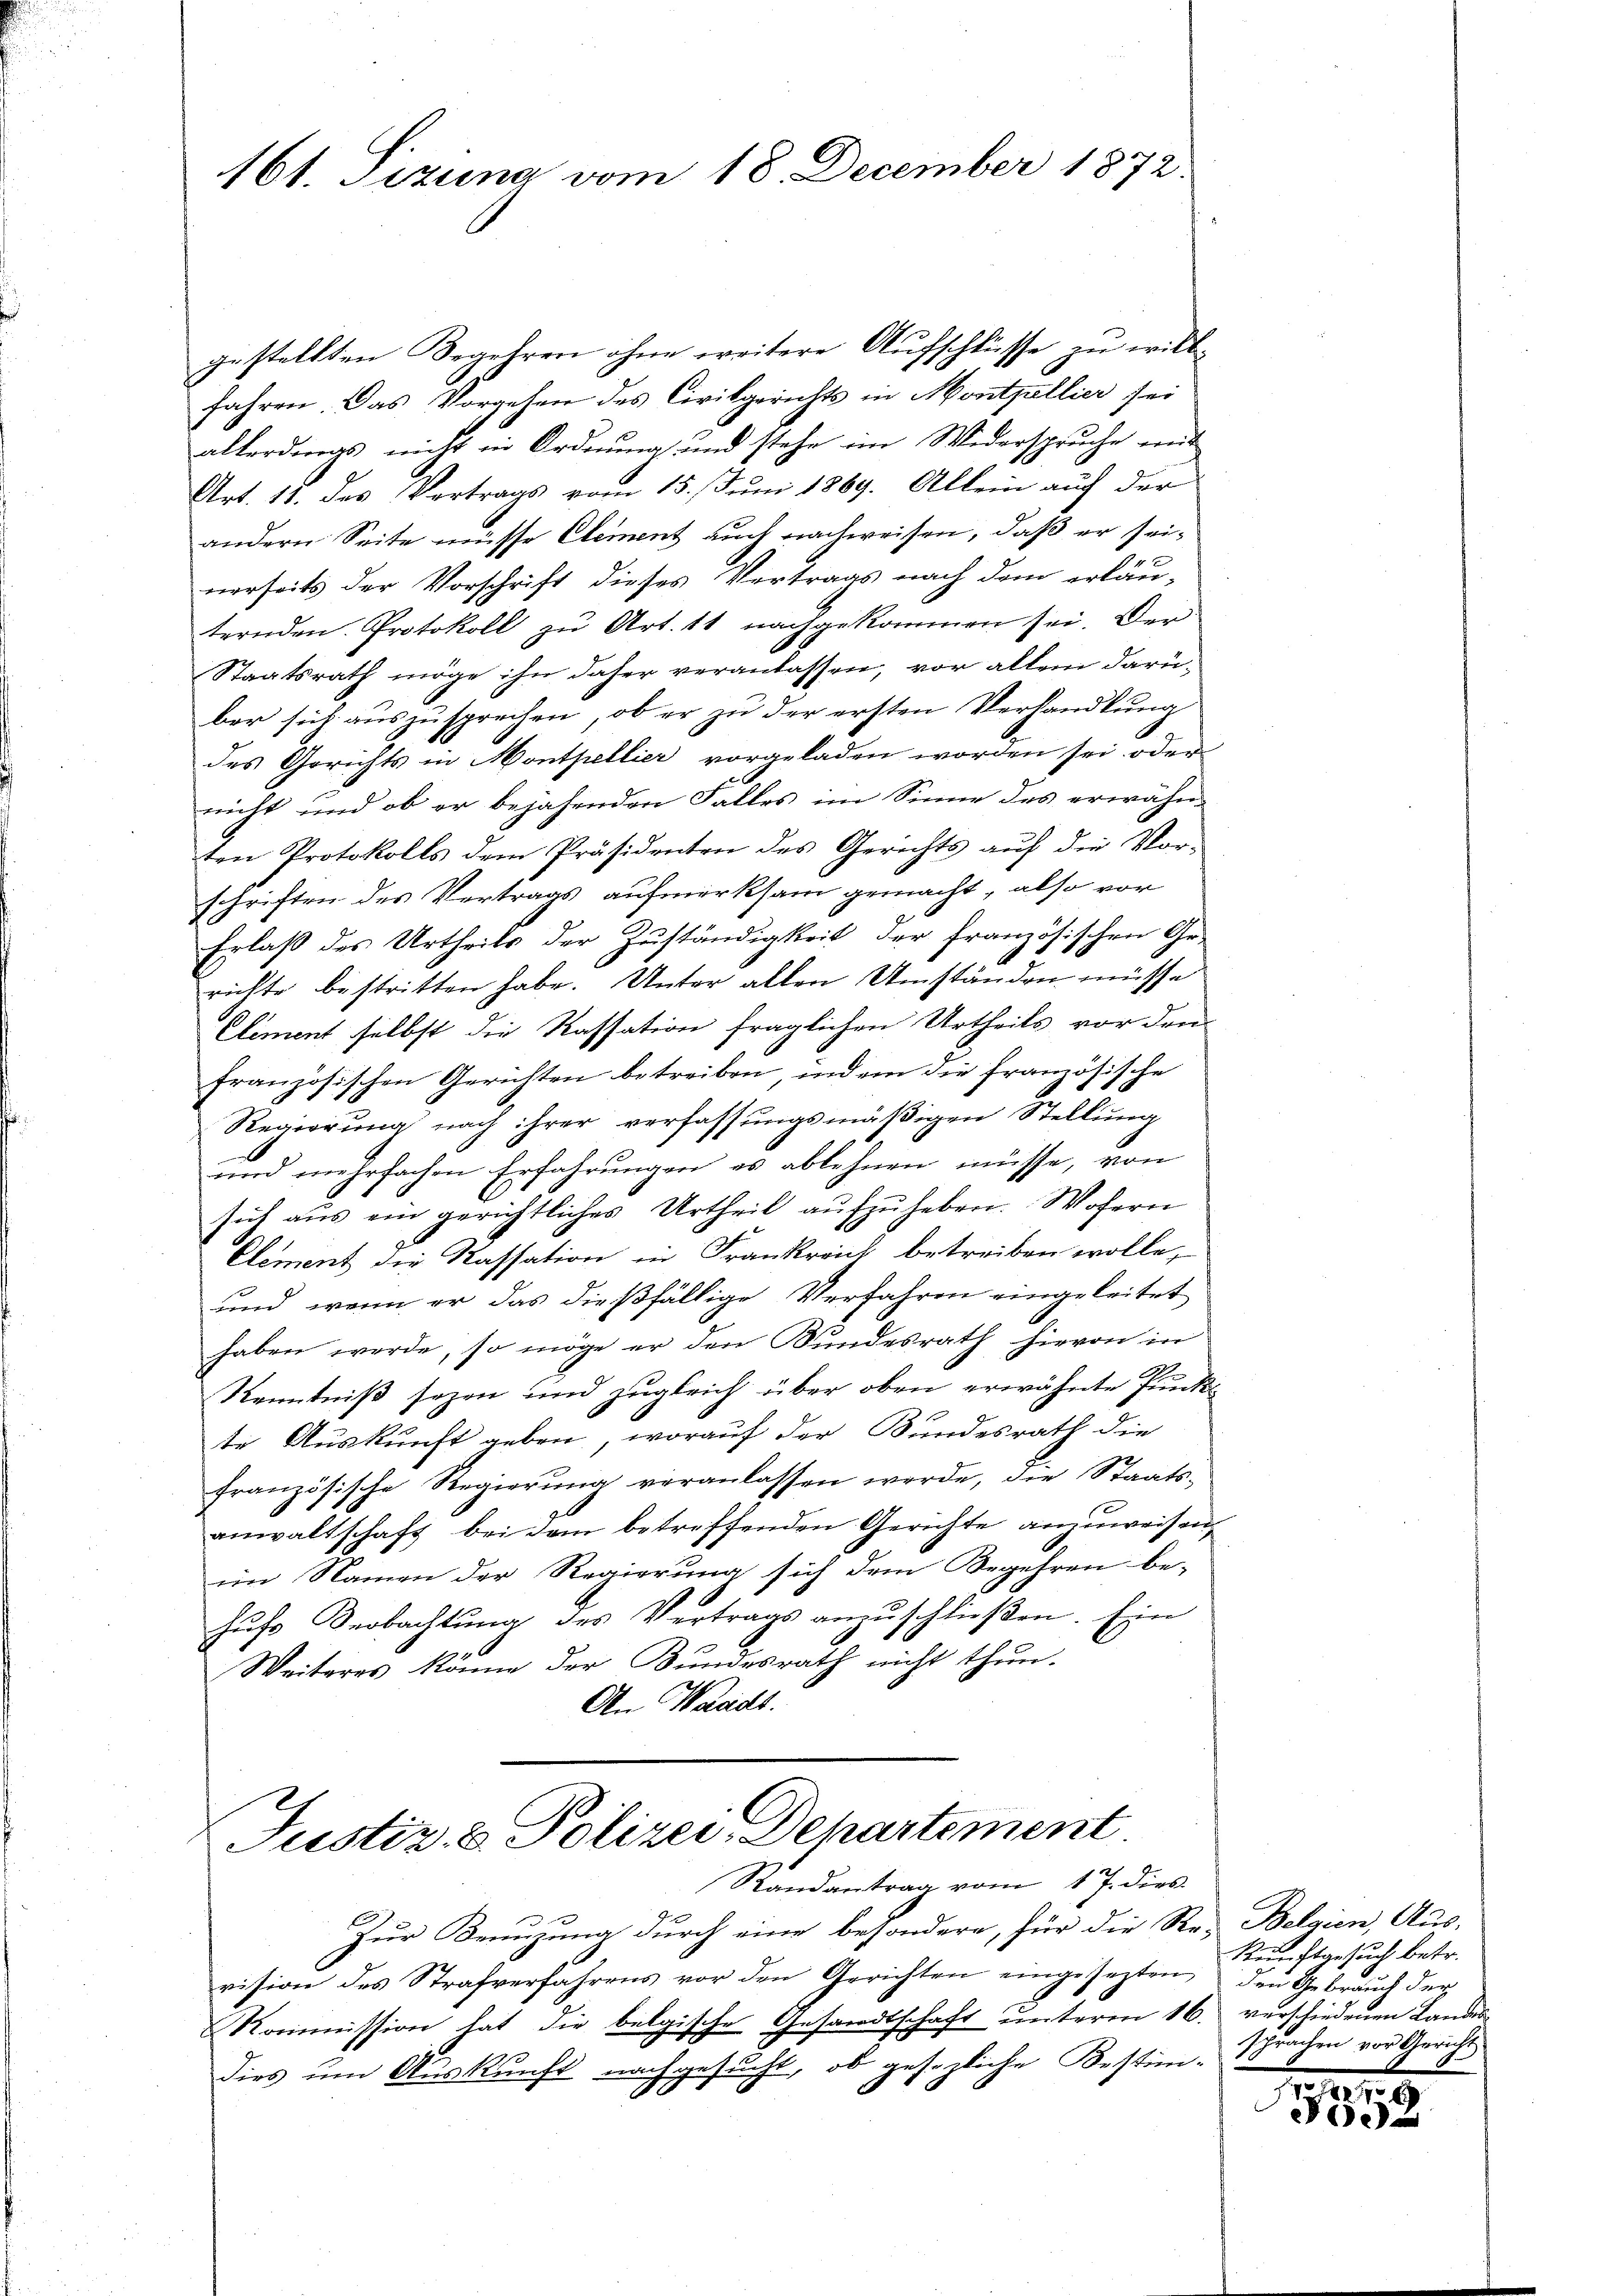
161. Tizung vom 18. December 1872.

gestellten Begehren ohne weitere Aufschlüsse zu willfahren. Das Vorgehen des Civilgerichts in Monthellier sei
allerdings nicht in Ordnung und stehe im Widerspruche mit
Art. 18. des Vortrags vom 15. Juni 1869. Allein auf der
andern Seite müsse Element auch nachweisen, daß er seinerseits der Vorschrift dieses Vertrags nach dem erläu-
ternden Protokoll zŭ Art. 11 nachgekommen sei. Der
Staatsrath möge ihn daher veranlassen, vor allein darüber sich auszusprechen, ob er zu der ersten Verhandlung
des Gerichts in Monthellier vorgeladen worden sei oder
nicht und ob er bejahenden Falles im Sinne des erwähnten Protokolls dem Präsidenten des Gerichts auf die Vor-
schriften des Vertrags aufmerksam gemacht, also vor
Erlaß des Urtheils der Zuständigkeit der französischen Ge-
richte bestritten habe. Unter allen Umständen müsse
Element selbst die Kassation fraglichen Urtheils vor den
französischen Gerichten betreiben, indem die französische
Regierung nach ihrer verfassungsmäßigen Stellung
und mehrfachen Erfahrungen es ablehnen müsse, von
sich aus ein gerichtliches Urtheil aufzuheben. Wohern
Clement die Kassation in Frankreich betreiben wolle,
und wenn er das dießfällige Verfahren eingeleitet
haben werde, so möge er den Bundesrath hievon in
Alo
Kenntniß sezen und zugleich über oben erwähnte Junkel
te Auskunft geben, worauf der Bundesrath die
französische Regierung veranlassen werde, die Staats-
anwaltschaft bei dem betreffenden Gerichte anzuweisen
im Namen der Regierung sich dem Begehren be-
hŭhe Beobachtŭng des Vertrags anzŭschlieβen. Ein
Weiteres könne der Bundesrath nicht thun.
An Waadt.

Justiz- & Polizei Departement.
Randantrag vom 17. dies

Zur Benuzung durch eine besondere, für die Re- Belgien, Aus-
vision des Strafverfahrens vor den Gerichten eingesezten den Gebrauch der
Kommission hat die belgische Gesandtschaft unteren 16. verschiedenen Landesdies um Auskunft nachgesucht, ob gesezliche Bestim-sprachen vor Gericht

Kein Stansuch betr.

8